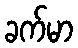
ခက်မာ